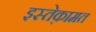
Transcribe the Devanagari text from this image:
इस्तेक़ामत